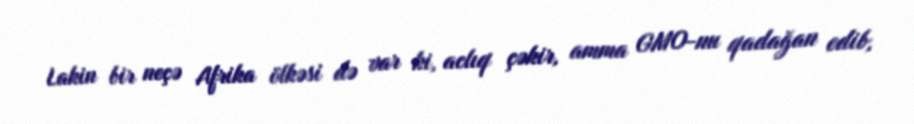
Lakin bir neçə Afrika ölkəsi də var ki, aclıq çəkir, amma GMO-nu qadağan edib,